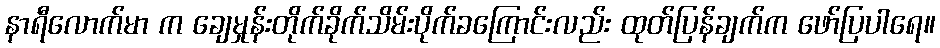
နာရီလောက်မာ က ချေမှုန်းတိုက်ခိုက်သိမ်းပိုက်ခကြောင်းလည်း ထုတ်ပြန်ချက်က ဖော်ပြပါရေ။